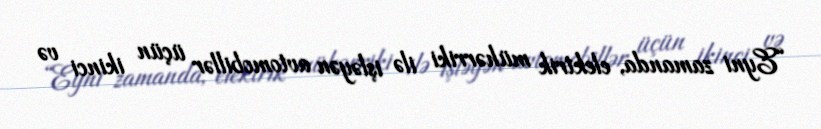
“Eyni zamanda, elektrik mühərriki ilə işləyən avtomobillər üçün ikinci və